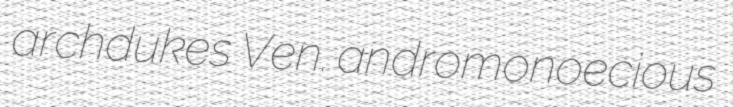
archdukes Ven. andromonoecious